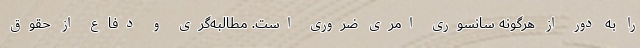
را به دور از هرگونه سانسوری امری ضروری است. مطالبه‌گری و دفاع از حقوق